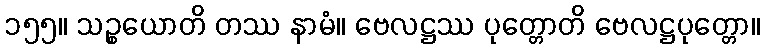
၁၅၅။ သဉ္စယောတိ တဿ နာမံ။ ဗေလဋ္ဌဿ ပုတ္တောတိ ဗေလဋ္ဌပုတ္တော။